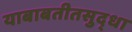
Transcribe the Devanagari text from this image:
याबाबतीतसुद्‌धा